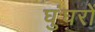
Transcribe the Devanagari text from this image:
घुंघरों